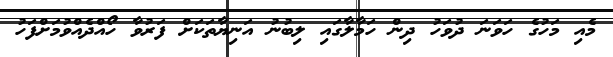
މެއި މަހުގެ ހަވަނަ ދުވަހު ދިން ހަމާލާގައި ލިބުނު އަނިޔާތަކަށް ފަރުވާ ހޯއްދެއްވުމަށްފަހު